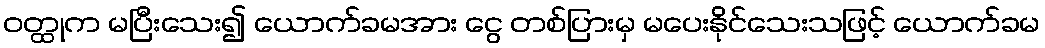
ဝတ္ထုက မပြီးသေး၍ ယောက်ခမအား ငွေ တစ်ပြားမှ မပေးနိုင်သေးသဖြင့် ယောက်ခမ